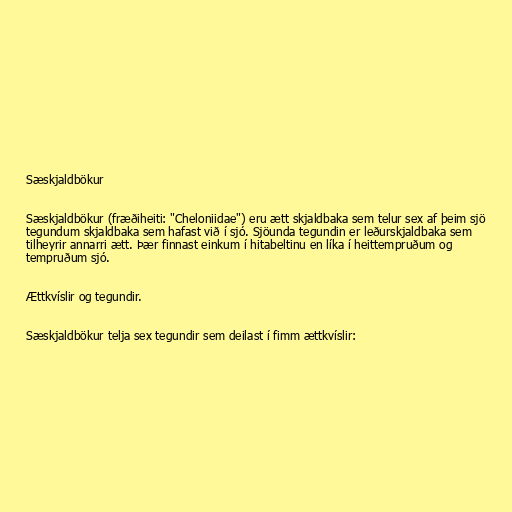
Sæskjaldbökur

Sæskjaldbökur (fræðiheiti: "Cheloniidae") eru ætt skjaldbaka sem telur sex af þeim sjö
tegundum skjaldbaka sem hafast við í sjó. Sjöunda tegundin er leðurskjaldbaka sem
tilheyrir annarri ætt. Þær finnast einkum í hitabeltinu en líka í heittempruðum og
tempruðum sjó.

Ættkvíslir og tegundir.

Sæskjaldbökur telja sex tegundir sem deilast í fimm ættkvíslir: